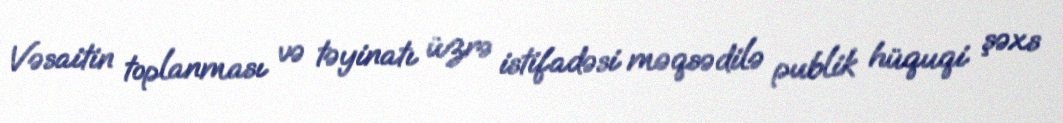
Vəsaitin toplanması və təyinatı üzrə istifadəsi məqsədilə publik hüquqi şəxs